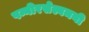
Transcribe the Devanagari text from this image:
पन्नीरसेल्वमनी